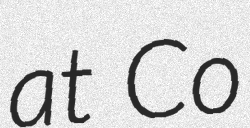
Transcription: at Co